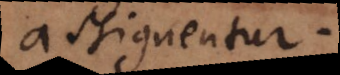
assignentur.